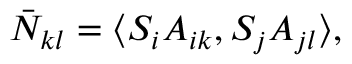
\bar { N } _ { k l } = \langle S _ { i } A _ { i k } , S _ { j } A _ { j l } \rangle ,